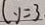
y = 3